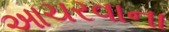
આચરવાના